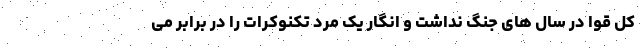
کل قوا در سال های جنگ نداشت و انگار یک مرد تکنوکرات را در برابر می